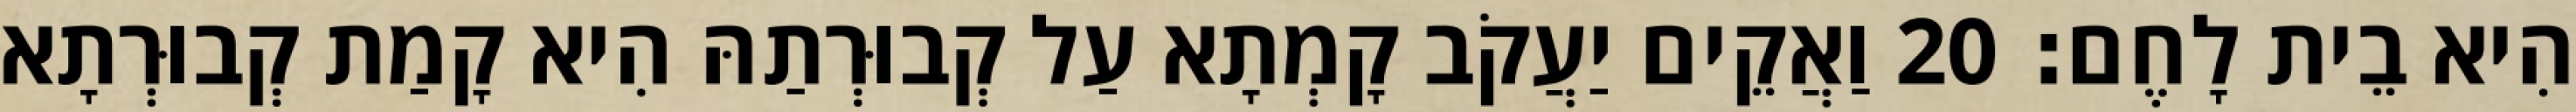
הִיא בֵית לָחֶם׃ 20 וַאֲקֵים יַעֲקֹב קָמְתָא עַל קְבוּרְתַהּ הִיא קָמַת קְבוּרְתָא